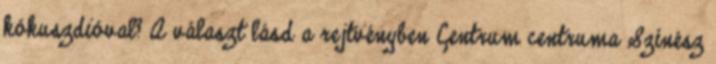
kókuszdióval? A választ lásd a rejtvényben Centrum centruma Színész